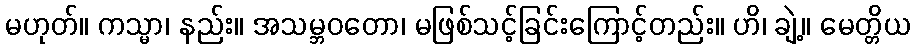
မဟုတ်။ ကသ္မာ၊ နည်း။ အသမ္ဘဝတော၊ မဖြစ်သင့်ခြင်းကြောင့်တည်း။ ဟိ၊ ချဲ့။ မေတ္တိယ